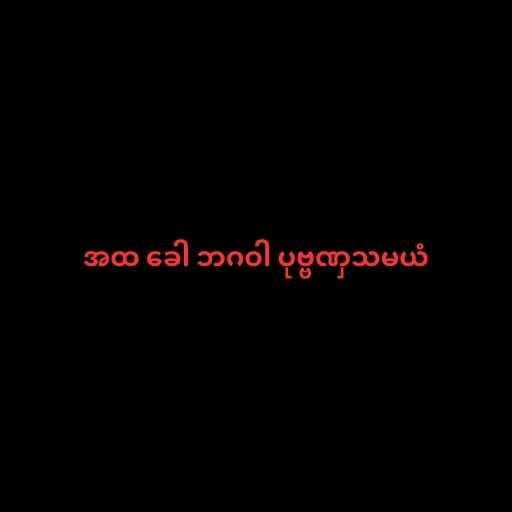
အထ ခေါ ဘဂဝါ ပုဗ္ဗဏှသမယံ